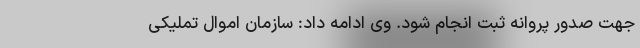
جهت صدور پروانه ثبت انجام شود. وی ادامه داد: سازمان اموال تملیکی